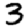
Digit: 3